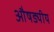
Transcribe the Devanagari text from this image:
औषड्यीय